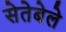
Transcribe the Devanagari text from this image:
सेतेबेले